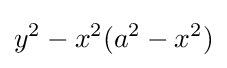
y^{2}-x^{2}(a^{2}-x^{2})